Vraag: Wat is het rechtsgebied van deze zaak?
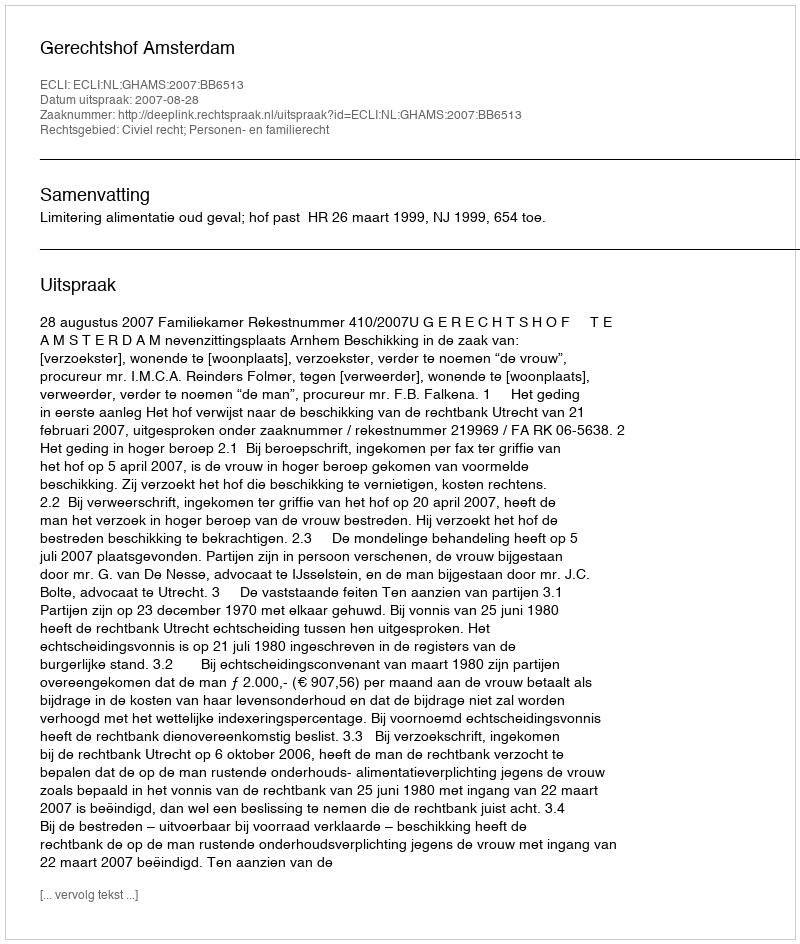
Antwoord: Civiel recht; Personen- en familierecht